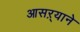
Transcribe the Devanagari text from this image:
आसऱ्याने